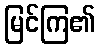
မြင်ကြ၏